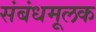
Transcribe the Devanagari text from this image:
संबंधमूलक